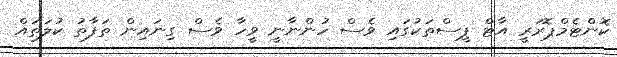
ކޮންޓެމްޕޮރަރީ އާޓް ޕީސްތަކުގައި ވެސް ހުންނާނީ ވީހާ ވެސް ގިނައިން ތަފާތު ކުލަތައް